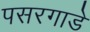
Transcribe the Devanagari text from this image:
पसरगाडे